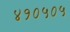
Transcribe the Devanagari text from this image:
४१०५०५